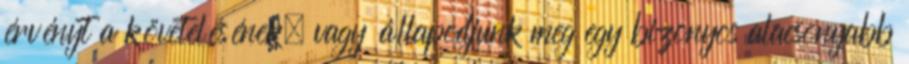
érvényt a követelésének, vagy állapodjunk meg egy bizonyos alacsonyabb